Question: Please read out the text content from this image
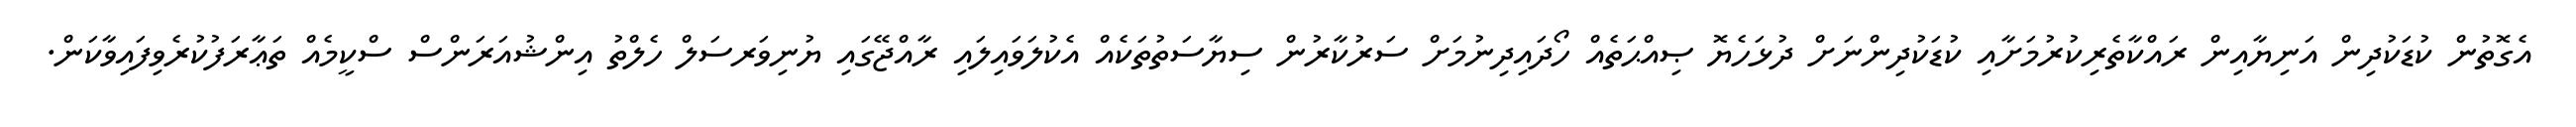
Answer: އެގޮތުން ކުޑަކުދިން އަނިޔާއިން ރައްކާތެރިކުރުމަށާއި ކުޑަކުދިންނަށް ދުޅަހެޔޮ ޞިއްޙަތެއް ހޯދައިދިނުމަށް ސަރުކާރުން ސިޔާސަތުތަކެއް އެކުލަވައިލައި ރާއްޖޭގައި ޔުނިވަރސަލް ހެލްތު އިންޝުއަރަންސް ސްކީމެއް ތަޢާރަފުކުރެވިފައިވާކަން.